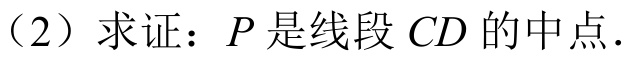
（2）求证：\(P\) 是线段 \(CD\) 的中点.